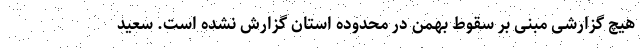
هیچ گزارشی مبنی بر سقوط بهمن در محدوده استان گزارش نشده است. سعید